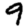
Digit: 9